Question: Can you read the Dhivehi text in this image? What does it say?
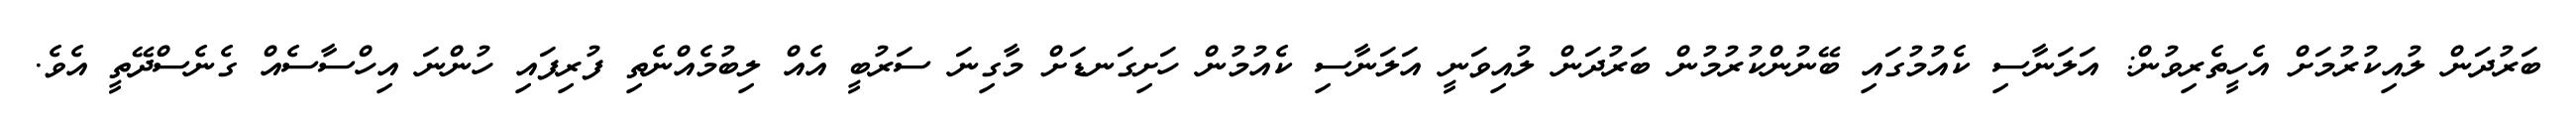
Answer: ބަރުދަން ލުއިކުރުމަށް އެހީތެރިވުން: އަލަނާސި ކެއުމުގައި ބޭނުންކުރުމުން ބަރުދަން ލުއިވަނީ އަލަނާސި ކެއުމުން ހަށިގަނޑަށް މާގިނަ ސަރުބީ އެއް ލިބުމެއްނެތި ފުރިފައި ހުންނަ އިހްސާސެއް ގެނެސްދޭތީ އެވެ.